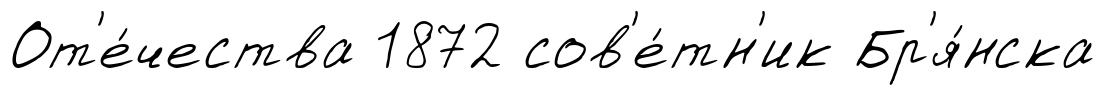
От'е́чества 1872 сов'е́тн'ик Бр'я́нска